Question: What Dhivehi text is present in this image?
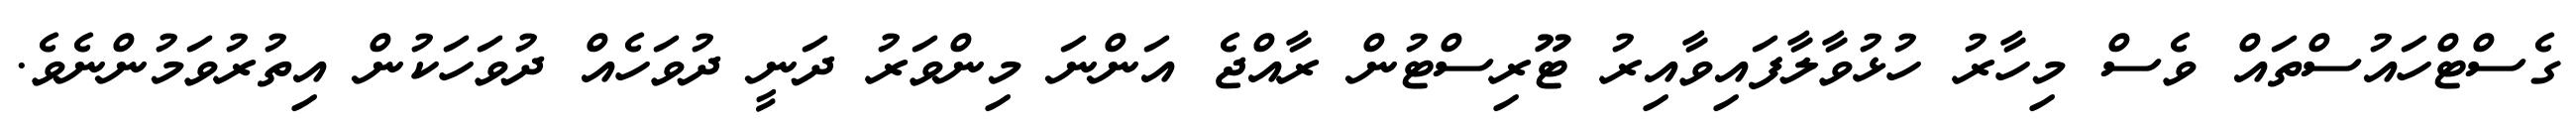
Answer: ގެސްޓްހައުސްތައް ވެސް މިހާރު ހުޅުވާލާފައިވާއިރު ޓޫރިސްޓުން ރާއްޖެ އަންނަ މިންވަރު ދަނީ ދުވަހެއް ދުވަހަކުން އިތުރުވަމުންނެވެ.